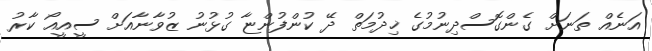
އަނެއް ތަނަށް ގެންގޮސްދިނުމުގެ ޚިދުމަތް ދޭ ކުންފުންޏާ ގުޅުނު ޒުވާނާއަށް ސީއީއޯ ކާރު